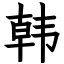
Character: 韩